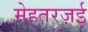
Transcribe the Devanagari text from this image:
मेहतरज़ई